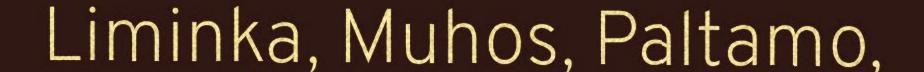
Liminka, Muhos, Paltamo,